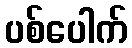
ပစ်ပေါက်